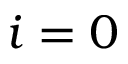
i = 0